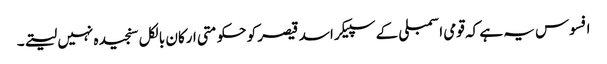
افسوس یہ ہے کہ قومی اسمبلی کے سپیکر اسد قیصر کو حکومتی ارکان بالکل سنجیدہ نہیں لیتے۔